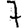
Digit: 7